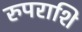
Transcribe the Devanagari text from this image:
रुपराशि